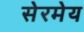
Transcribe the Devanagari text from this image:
सेरमेय